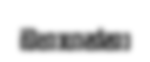
බහාගන්නා